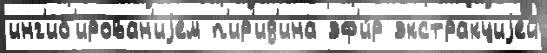
инг'иб'ирован'иjем п'ир'ид'ина эф'и́р экстракциjей